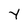
Character: Y